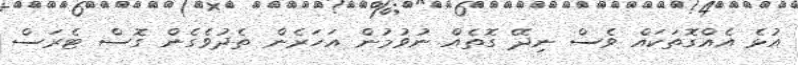
އުޅެ އެއްގޮތަކައް ވެސް ނިދޭ ގޮތެއް ނުވުމުން އަހަރެން ތެދުވެގެން ގޮސް ޓެރަސް